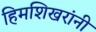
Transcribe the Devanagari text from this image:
हिमशिखरांनी